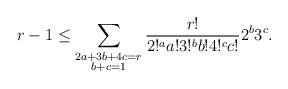
LaTeX: \begin{align*} r-1 \leq \sum_{\substack{2a + 3b + 4c = r \\ b + c = 1}} \frac{r!}{2!^a a! 3!^b b! 4!^c c!} 2^b 3^c. \end{align*}